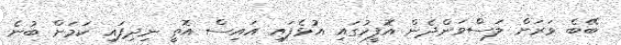
ބޭބެ ވަރަށް ލަސްވަންދެން އޮފީހުގައި އުޅެފައި އައިސް އޮތީ ނިދިފައި ކަމަށް ބުނެ